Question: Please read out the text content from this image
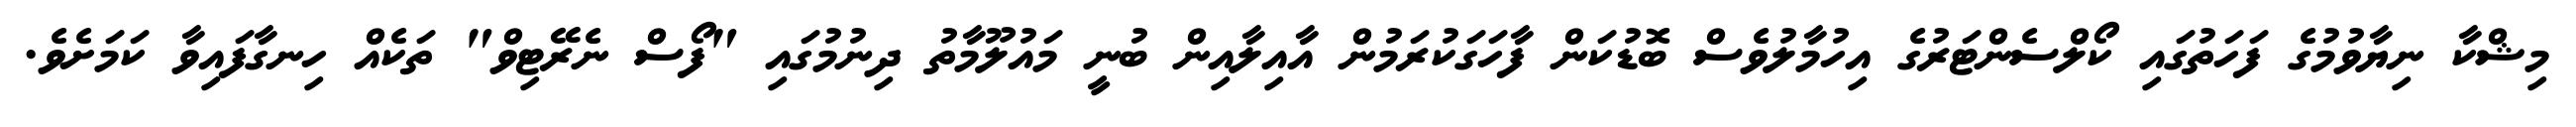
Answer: މިޝްކާ ނިޔާވުމުގެ ފަހަތުގައި ކޯލްސެންޓަރުގެ އިހުމާލުވެސް ބޮޑުކަން ފާހަގަކުރަމުން އާއިލާއިން ބުނީ މައުލޫމާތު ދިނުމުގައި "ފޯސް ނެރޭޓިވް" ތަކެއް ހިނގާފައިވާ ކަމަށެވެ.